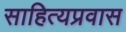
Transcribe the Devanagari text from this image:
साहित्यप्रवास